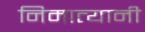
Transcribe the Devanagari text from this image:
निमात्यानी